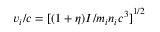
v _ { i } / c = { [ ( 1 + \eta ) I / m _ { i } n _ { i } c ^ { 3 } ] } ^ { 1 / 2 }